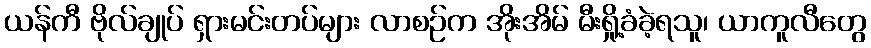
ယန်ကီ ဗိုလ်ချုပ် ရှားမင်းတပ်များ လာစဉ်က အိုးအိမ် မီးရှို့ခံခဲ့ရသူ၊ ယာကူလီတွေ